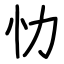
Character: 忇